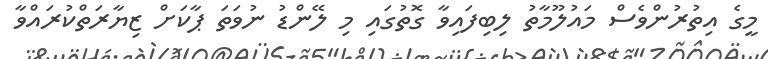
މީގެ އިތުރުންވެސް މައުލޫމާތު ލިބިފައިވާ ގޮތުގައި މި ލޭންޑު ނުވަތަ ޕާކަށް ޒިޔާރަތްކުރައްވާ